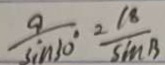
\frac { a } { \sin 3 0 ^ { \circ } } = \frac { 1 8 } { \sin B }